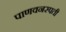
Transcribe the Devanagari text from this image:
पाणवनस्पती